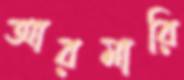
আরমারি